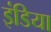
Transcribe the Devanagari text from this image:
इंडिया